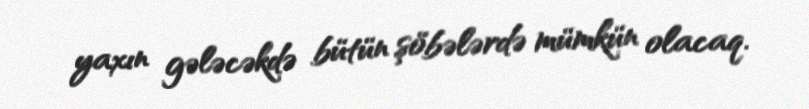
yaxın gələcəkdə bütün şöbələrdə mümkün olacaq.